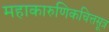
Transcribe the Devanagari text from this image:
महाकारुणिकचित्तसूत्र